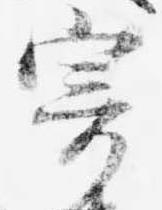
寄